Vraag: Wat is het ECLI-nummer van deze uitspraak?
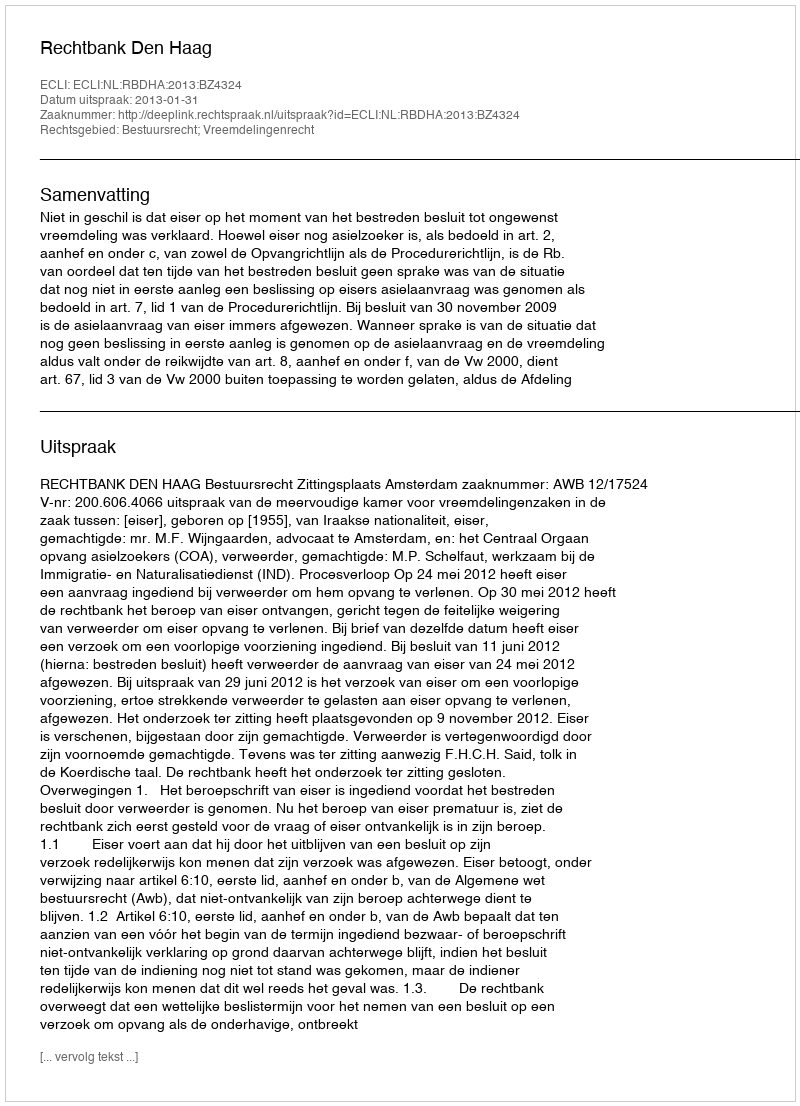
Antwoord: ECLI:NL:RBDHA:2013:BZ4324